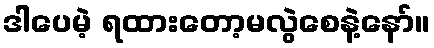
ဒါပေမဲ့ ရထားတော့မလွဲစေနဲ့နော်။